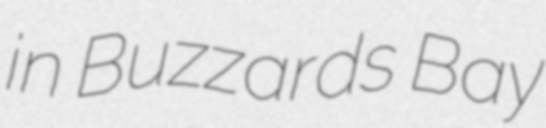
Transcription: in Buzzards Bay